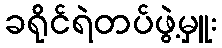
ခရိုင်ရဲတပ်ဖွဲ့မှူး